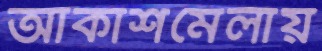
আকাশমেলায়